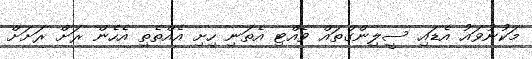
މަކުނުވައު އެޑައި ސީލިންގްތައް ވެއްޓި އެތަނި ހިށި އެއްތެތި އެހެން ރަށް ރަށަށް